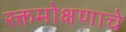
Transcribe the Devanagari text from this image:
रक्तमोक्षणाचे